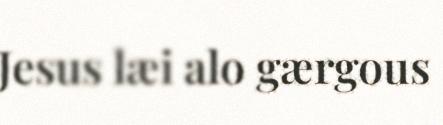
Jesus læi alo gærgous